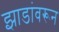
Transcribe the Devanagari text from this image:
झाडांवरून